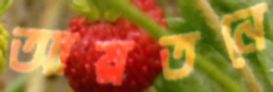
আয়তনে